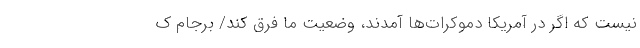
نیست که اگر در آمریکا دموکرات‌ها آمدند، وضعیت ما فرق کند/ برجام ک